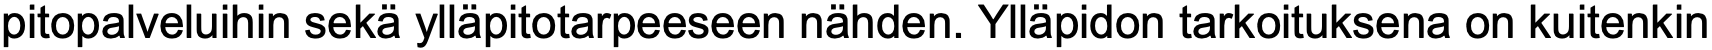
pitopalveluihin sekä ylläpitotarpeeseen nähden. Ylläpidon tarkoituksena on kuitenkin